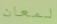
لمعان